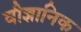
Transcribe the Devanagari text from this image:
वौज्ञानिक